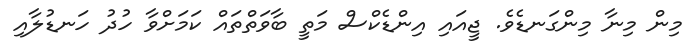
މިން މިނާ މިންގަނޑެވެ. ޖީއައި އިންޑެކްސް މަތީ ބާވަތްތައް ކަމަށްވާ ހުދު ހަނޑުލާއި